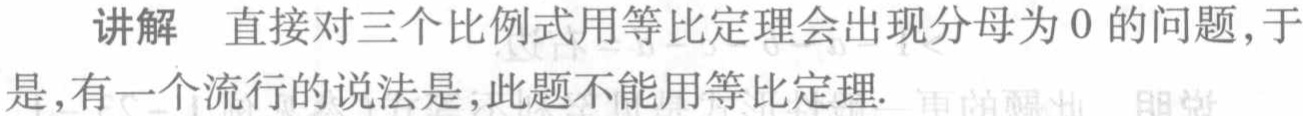
讲解 直接对三个比例式用等比定理会出现分母为 0 的问题，于是，有一个流行的说法是，此题不能用等比定理.